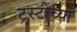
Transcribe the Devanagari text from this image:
ट्रस्टींच्या